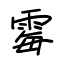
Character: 霉